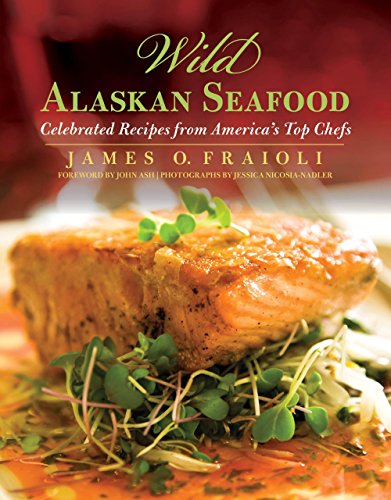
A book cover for Wild Alaskan Seafood: Celebrated Recipes From America's Top Chefs; James Fraioli; Cookbooks, Food & Wine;